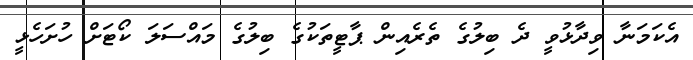
އެކަމަނާ ވިދާޅުވީ ދެ ބިލުގެ ތެރެއިން ޕާޓީތަކުގެ ބިލުގެ މައްސަލަ ކޯޓަށް ހުށަހެޅީ